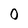
Character: 0